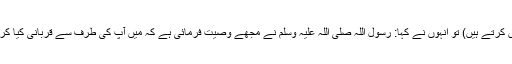
(یعنی قربانی میں ایک دنبہ کفایت کرتا ہے آپ دو کیوں کرتے ہیں) تو انہوں نے کہا: رسول اللہ صلی اللہ علیہ وسلم نے مجھے وصیت فرمائی ہے کہ میں آپ کی طرف سے قربانی کیا کروں، تو میں آپ کی طرف سے (بھی) قربانی کرتا ہوں۔